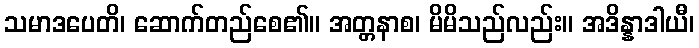
သမာဒပေတိ၊ ဆောက်တည်စေ၏။ အတ္တနာစ၊ မိမိသည်လည်း။ အဒိန္နာဒါယီ၊